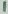
Text: 1